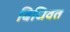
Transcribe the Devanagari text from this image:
बिधिवत